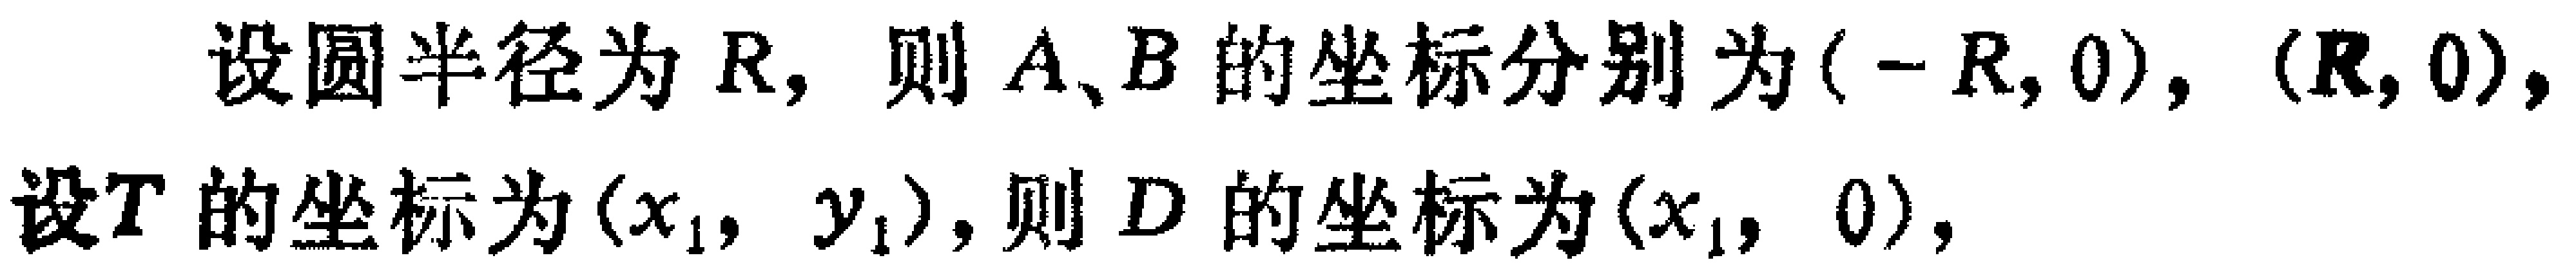
设圆半径为\(R\)，则\(A、B\)的坐标分别为\((-R,0)\)，\((R,0)\)，
设\(T\)的坐标为\((x_{1},y_{1})\)，则\(D\)的坐标为\((x_{1},0)\)，